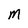
Character: M